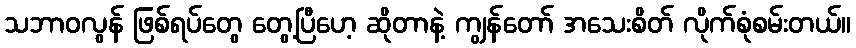
သဘာဝလွန် ဖြစ်ရပ်တွေ တွေ့ပြီဟေ့ ဆိုတာနဲ့ ကျွန်တော် အသေးစိတ် လိုက်စုံစမ်းတယ်။